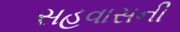
સહવાસની